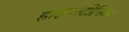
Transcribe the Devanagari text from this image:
हाइपरटोनिक